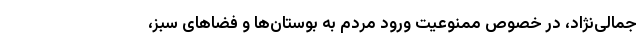
جمالی‌نژاد، در خصوص ممنوعیت ورود مردم به بوستان‌ها و فضا‌های سبز،